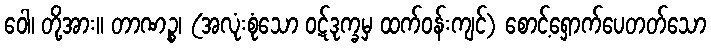
ဝေါ၊ တို့အား။ တာဏဉ္စ၊ (အလုံးစုံသော ဝဋ်ဒုက္ခမှ ထက်ဝန်းကျင်) စောင့်ရှောက်ပေတတ်သော